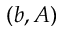
( b , A )